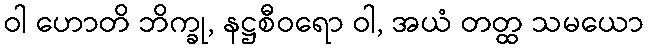
ဝါ ဟောတိ ဘိက္ခု, နဋ္ဌစီဝရော ဝါ, အယံ တတ္ထ သမယော